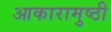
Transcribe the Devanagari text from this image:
आकारामुष्ठी